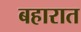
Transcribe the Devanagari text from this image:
बहारात